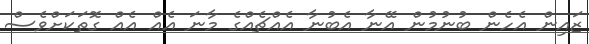
ޒައިން އެހެން ބުނުމުން އޭނާ އެބުނާ އެއްޗެއްގެ މާނަ އެއް އެއް ގޮތަކަށްވެސް